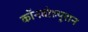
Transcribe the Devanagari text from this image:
कॉनवोल्यूशन